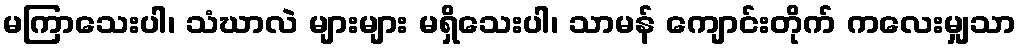
မကြာသေးပါ၊ သံဃာလဲ များများ မရှိသေးပါ၊ သာမန် ကျောင်းတိုက် ကလေးမျှသာ